Civil Veterinary Department Bengal reports 1933-51 - 1933-1951
Year: 1933
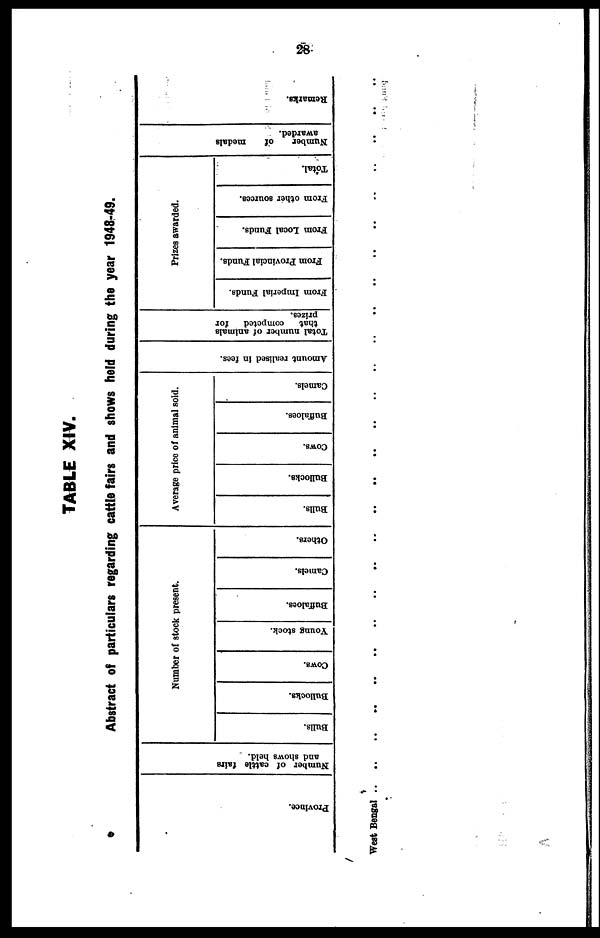
28
TABLE XIV.
Abstract of particulars regarding cattle fairs and shows held during the year 1948-49.
Pr ovi nce.
West Bengal ..
Nu mb e r of c a t t l e fai rs
and shows hel d.
..
Number of stock present.
Bulls.
..
Bullocks.
..
Cows.
..
Young stock.
..
Buffaloes.
..
Camels.
..
Others.
..
Average price of animal sold.
Bulls.
..
Bullocks.
..
Cows.
..
Buffaloes.
..
Camels.
..
Amount realised in f ees.
..
Total number of animals
t hat c o mp e t e d for
prizes.
..
Prizes awarded.
From Imperial Funds.
..
From Provincial Funds.
..
From Local Funds.
..
From other sources.
..
Total.
..
Number of medals
awarded.
..
Re ma r
ks .
..